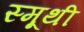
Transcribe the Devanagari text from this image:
स्मूथी